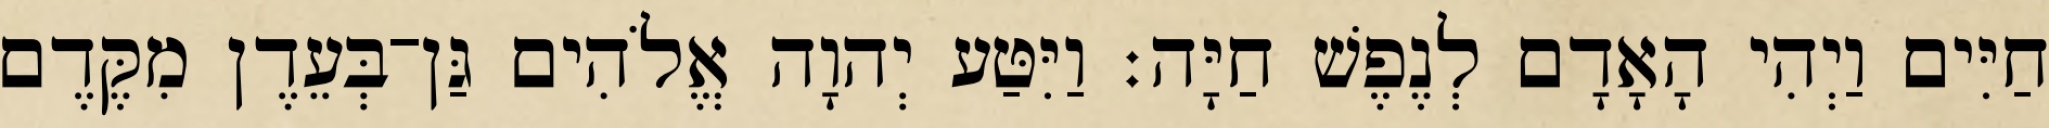
חַיִּים וַיְהִי הָאָדָם לְנֶפֶשׁ חַיָּה׃ וַיִּטַּע יְהוָה אֱלֹהִים גַּן־בְּעֵדֶן מִקֶּדֶם